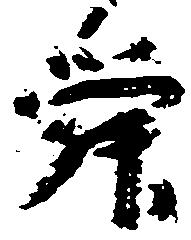
舜